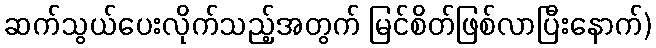
ဆက်သွယ်ပေးလိုက်သည့်အတွက် မြင်စိတ်ဖြစ်လာပြီးနောက်)